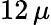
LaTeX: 12\, \mu